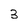
Character: 3